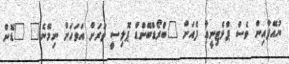
ޔުއޭފާއިން ވެސް ޕްލެޓިނީއާ ފެއަށް "ބްރޯޑްބޭންޑް ޕޮލިސީ ވަރަށް އަވަހަށް ނިމޭނެ" "ޑޮން